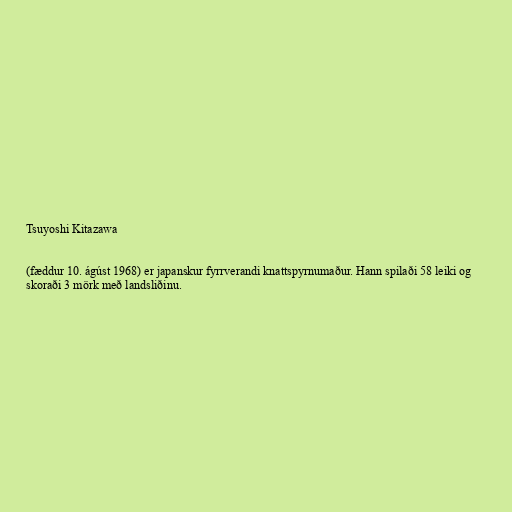
Tsuyoshi Kitazawa

(fæddur 10. ágúst 1968) er japanskur fyrrverandi knattspyrnumaður. Hann spilaði 58 leiki og
skoraði 3 mörk með landsliðinu.